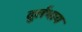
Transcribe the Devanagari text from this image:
दुर्लभाय